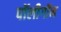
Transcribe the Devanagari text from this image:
पॉलीगॉन